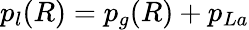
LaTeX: p_{l}(R)=p_{g}(R)+p_{La}